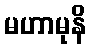
မဟာမုနိ